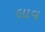
લાવ